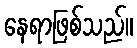
နေရာဖြစ်သည်။